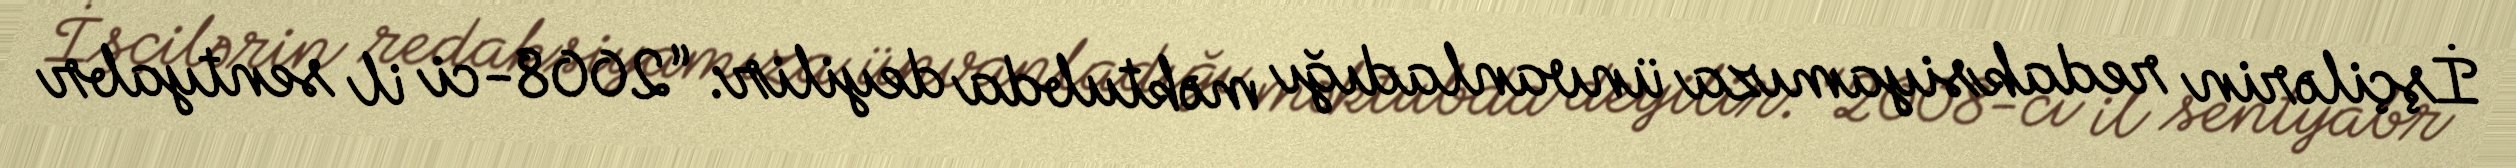
İşçilərin redaksiyamıza ünvanladığı məktubda deyilir: “2008-ci il sentyabr